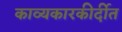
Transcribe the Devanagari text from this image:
काव्यकारकीर्दीत